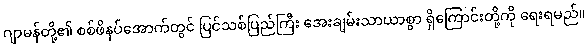
ဂျာမန်တို့၏ စစ်ဖိနပ်အောက်တွင် ပြင်သစ်ပြည်ကြီး အေးချမ်းသာယာစွာ ရှိကြောင်းတို့ကို ရေးရမည်။